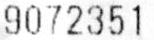
9072351